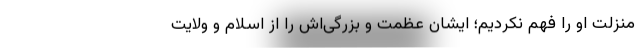
منزلت او را فهم نکردیم؛ ایشان عظمت و بزرگی‌اش را از اسلام و ولایت